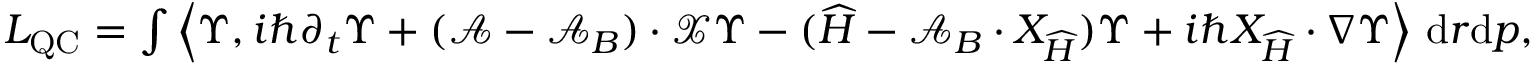
\begin{array} { r } { L _ { \operatorname { Q C } } = \int \left\langle \Upsilon , i \hbar \partial _ { t } \Upsilon + ( \mathcal { A } - \mathcal { A } _ { B } ) \cdot \mathcal { X } \Upsilon - ( { \widehat { H } } - \mathcal { A } _ { B } \cdot { { X } } _ { \widehat { H } } ) \Upsilon + i \hbar { { X } } _ { \widehat { H } } \cdot \nabla \Upsilon \right\rangle \, { \mathrm { d } } r { \mathrm { d } } p , } \end{array}